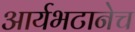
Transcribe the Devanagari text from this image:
आर्यभटानेच